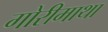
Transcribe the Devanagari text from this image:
गोरीमाथा